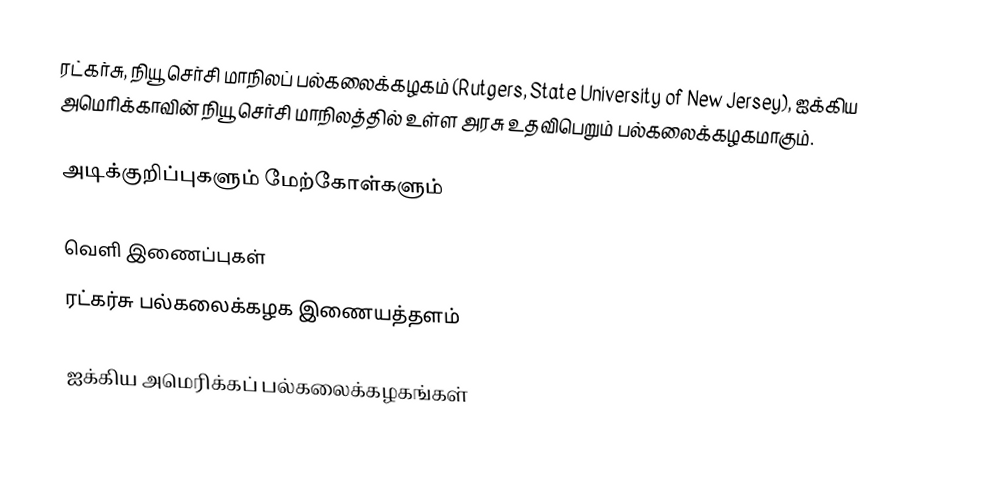
ரட்கர்சு, நியூ செர்சி மாநிலப் பல்கலைக்கழகம் (Rutgers, State University of New Jersey), ஐக்கிய அமெரிக்காவின் நியூ செர்சி மாநிலத்தில் உள்ள அரசு உதவிபெறும் பல்கலைக்கழகமாகும்.

அடிக்குறிப்புகளும் மேற்கோள்களும்

வெளி இணைப்புகள்
ரட்கர்சு பல்கலைக்கழக இணையத்தளம்

ஐக்கிய அமெரிக்கப் பல்கலைக்கழகங்கள்